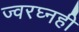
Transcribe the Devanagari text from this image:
ज्वरघ्नही